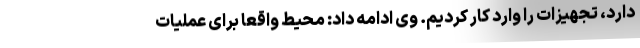
دارد، تجهیزات را وارد کار کردیم. وی ادامه داد: محیط واقعا برای عملیات